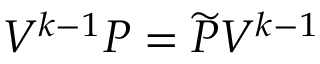
V ^ { k - 1 } P = \widetilde { P } V ^ { k - 1 }